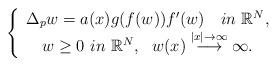
LaTeX: \begin{align*} \left\{\begin{array}{c} \Delta_pw=a(x)g(f(w))f'(w)\ \ \ in \ \mathbb{R}^N,\\w\geq0\ in\ \mathbb{R}^N,\ \ w(x)\stackrel{\left|x\right|\rightarrow \infty}{\longrightarrow} \infty.\end{array}\right.\end{align*}